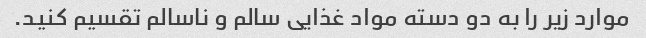
موارد زیر را به دو دسته مواد غذایی سالم و ناسالم تقسیم کنید.